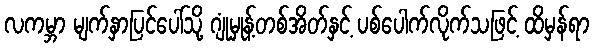
လကမ္ဘာ မျက်နှာပြင်ပေါ်သို့ ဂျုံမှုန့်တစ်အိတ်နှင့် ပစ်ပေါက်လိုက်သဖြင့် ထိမှန်ရာ